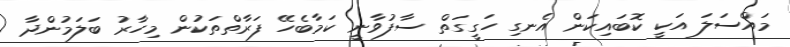
މައްސަލަ އަކީ ކޮބައިކަން އެނގި ހަގީގަތް ސާފުވާނީ ކަމާބެހޭ ފަރާތްތަކުން މިހާރު ބަލަމުންދާ